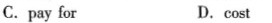
C.pay for D. cost